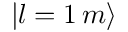
| l = 1 \, m \rangle